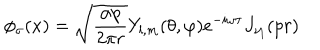
\phi _ { \sigma } ( x ) = \sqrt { \frac { \alpha p } { 2 \pi r } } Y _ { l , m } ( \theta , \varphi ) e ^ { - i \omega \tau } J _ { \nu _ { l } } ( p r )